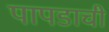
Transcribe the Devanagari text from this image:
पापडाची